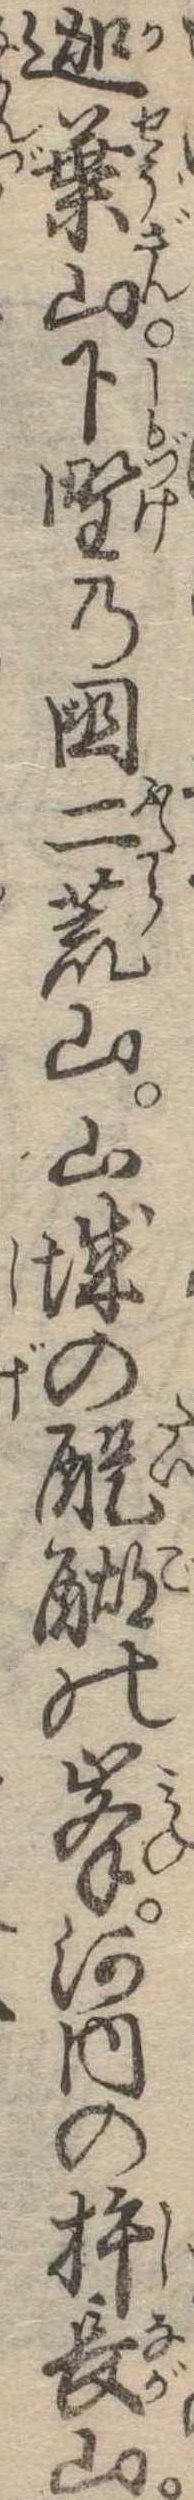
迦葉山下野の国二荒山山城の醍醐の峰河内の杵長山